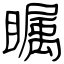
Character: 瞩